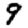
Digit: 9